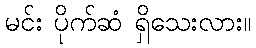
မင်း ပိုက်ဆံ ရှိသေးလား။